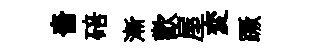
嗇碚漸歡屋変蹶